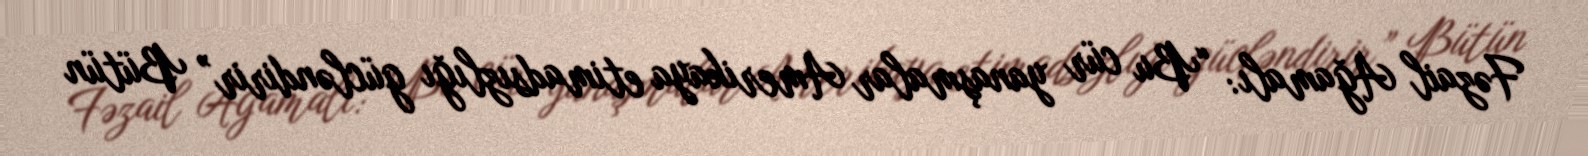
Fəzail Ağamalı: “Bu cür yanaşmalar Amerikaya etimadsızlığı gücləndirir” Bütün